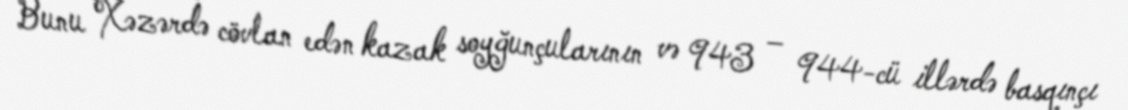
Bunu Xəzərdə cövlan edən kazak soyğunçularının və 943 – 944-cü illərdə basqınçı